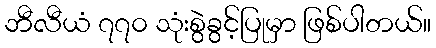
ဘီလီယံ ၇၇၀ သုံးစွဲခွင့်ပြုမှာ ဖြစ်ပါတယ်။